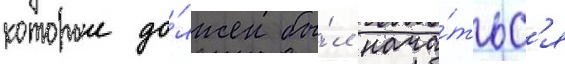
которыи до́лжен бы́л нача́тьс'я